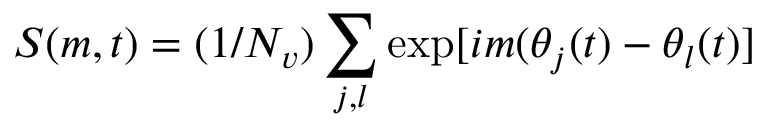
S ( m , t ) = ( 1 / N _ { v } ) \sum _ { j , l } \exp [ i m ( \theta _ { j } ( t ) - \theta _ { l } ( t ) ]